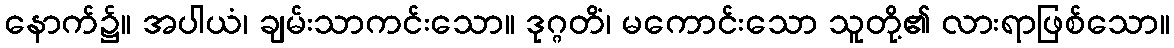
နောက်၌။ အပါယံ၊ ချမ်းသာကင်းသော။ ဒုဂ္ဂတိံ၊ မကောင်းသော သူတို့၏ လားရာဖြစ်သော။